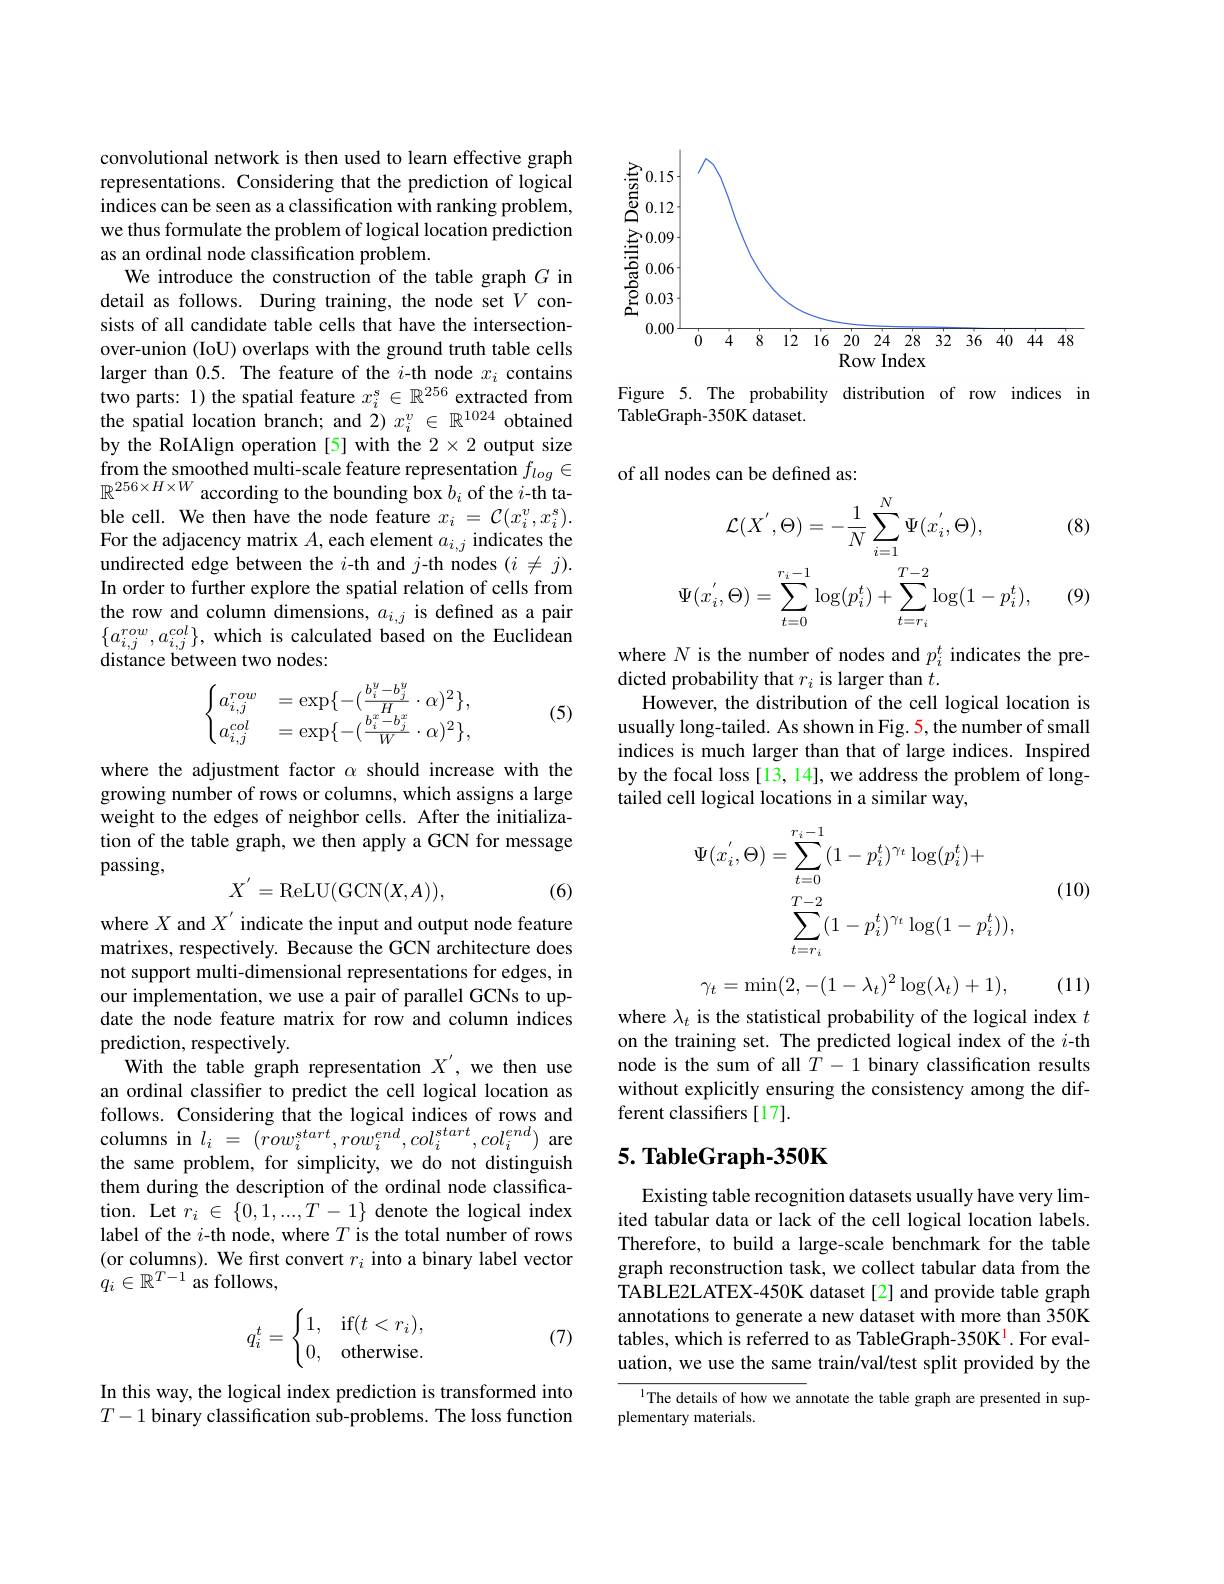
convolutional network is then used to learn effective graph representations. Considering that the prediction of logical indices can be seen as a classification with ranking problem, we thus formulate the problem of logical location prediction as an ordinal node classification problem.
We introduce the construction of the table graph $G$ in detail as follows. During training, the node set $V$ consists of all candidate table cells that have the intersectionover-union (IoU) overlaps with the ground truth table cells larger than 0.5. The feature of the $i$-th node $x_i$ contains two parts: 1) the spatial feature $x_i^s\in\mathbb{R}^{256}$ extracted from the spatial location branch; and $2)x_i^v\in\mathbb{R}^{1024}$ obtained by the RoIAlign operation [5] with the $2\times2$ output size $\underset{\mathrm{m}}{\operatorname*{from~the~smoothed~multi-scale~feature~representation~}}{f_{log}\in}$ $\mathbb{R}^{256\times H\times W}$ according to the bounding box $b_i$ of the $i$-th table cell. We then have the node feature $x_i=\mathcal{C}(x_i^v,x_i^s).$ For the adjacency matrix $A$, each element $a_i,j$ indicates the undirected edge between the $i$-th and $j$-th nodes $(i\neq j).$ In order to further explore the spatial relation of cells from the row and column dimensions, $a_i,j$ is defined as a pair $\{a_{i,j}^{row},a_{i,j}^{col}\}$, which is calculated based on the Euclidean distance between two nodes:
$$\begin{cases}a_{i,j}^{row}&=\exp\{-(\frac{b_i^y-b_j^y}{H}\cdot\alpha)^2\},\\a_{i,j}^{col}&=\exp\{-(\frac{b_i^x-b_j^x}{W}\cdot\alpha)^2\},\end{cases}$$
(5)

where the adjustment factor $\alpha$ should increase with the growing number of rows or columns, which assigns a large weight to the edges of neighbor cells. After the initialization of the table graph, we then apply a GCN for message passing,
$$X^{'}=\mathrm{ReLU}(\mathrm{GCN}(X,A)),$$
(6)

where $X$ and $X^\prime$ indicate the input and output node feature matrixes, respectively. Because the GCN architecture does not support multi-dimensional representations for edges, in our implementation, we use a pair of parallel GCNs to update the node feature matrix for row and column indices prediction, respectively.
With the table graph representation $X^{\prime}$, we then use an ordinal classifer to predict the cell logical location as follows. Considering that the logical indices of rows and columns in $l_i$ = $( row_{i}^{start}, row_{i}^{end}, col_{i}^{start}, col_{i}^{end})$ are the same problem, for simplicity, we do not distinguish them during the description of the ordinal node classification. Let $r_i\in\{0,1,...,T-1\}$ denote the logical index label of the $i$-th node, where $T$ is the total number of rows (or columns). We frst convert $r_i$ into a binary label vector $q_i\in\mathbb{R}^{T-1}$ as follows,
$$q_i^t=\begin{cases}1,&\text{if}(t<r_i),\\0,&\text{otherwise.}\end{cases}$$
(7)

In this way, the logical index prediction is transformed into $T-1$ binary classification sub-problems. The loss function

<FigureHere>

Figure 5. The probability distribution of row indices in
TableGraph-350K dataset.

of all nodes can be defined as:
$$\mathcal{L}(X^{'},\Theta)=-\frac{1}{N}\sum_{i=1}^{N}\Psi(x_{i}^{'},\Theta),\\\Psi(x_{i}^{'},\Theta)=\sum_{t=0}^{r_{i}-1}\log(p_{i}^{t})+\sum_{t=r_{i}}^{T-2}\log(1-p_{i}^{t}),$$
(8)

(9)

where $N$ is the number of nodes and $p_i^t$ indicates the pre-
dicted probability that $r_i$ is larger than $t.$
However, the distribution of the cell logical location is usually long-tailed. As shown in Fig. 5, the number of small indices is much larger than that of large indices. Inspired by the focal loss [13, 14], we address the problem of longtailed cell logical locations in a similar way,

(10)
$$\begin{aligned}\Psi(x_{i}^{'},\Theta)&=\sum_{t=0}^{r_{i}-1}(1-p_{i}^{t})^{\gamma_{t}}\log(p_{i}^{t})+\\&\sum_{t=r_{i}}^{T-2}(1-p_{i}^{t})^{\gamma_{t}}\log(1-p_{i}^{t})),\end{aligned}$$
$$\gamma_{t}=\min(2,-(1-\lambda_{t})^{2}\log(\lambda_{t})+1),$$
(11)

where $\lambda_t$ is the statistical probability of the logical index $t$ on the training set. The predicted logical index of the $i$-th node is the sum of all $T-1$ binary classification results without explicitly ensuring the consistency among the different classifiers[17].

## $5. \textbf{ TableGraph- 350K}$

Existing table recognition datasets usually have very limited tabular data or lack of the cell logical location labels. Therefore, to build a large-scale benchmark for the table graph reconstruction task, we collect tabular data from the TABLE2LATEX-450K dataset[2] and provide table graph annotations to generate a new dataset with more than 350K tables, which is referred to as TableGraph-350K$^{\mathrm{l}}.$ For evaluation, we use the same train/val/test split provided by the

IThe details of how we annotate the table graph are presented in sup-
plementary materials.